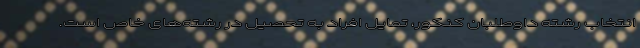
انتخاب رشته داوطلبان کنکور، تمایل افراد به تحصیل در رشته‌های خاص است.